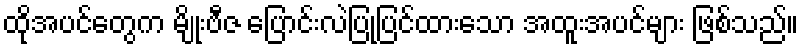
ထိုအပင်တွေက မျိုးဗီဇ ပြောင်းလဲပြုပြင်ထားသော အထူးအပင်များ ဖြစ်သည်။